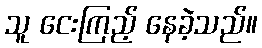
သူ ငေးကြည့် နေခဲ့သည်။